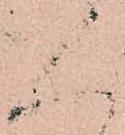
人